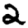
Digit: 2